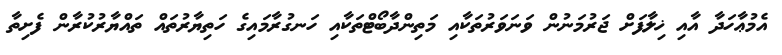
އެމުޢާހަދާ އާއި ޚިލާފަށް ޖަރުމަނުން ވަނަވަރުތަކާއި މަތިންދާބޯޓްތަކާއި ހަނގުރާމައިގެ ހަތިޔާރުތައް ތައްޔާރުކުރާން ފެށިތާ